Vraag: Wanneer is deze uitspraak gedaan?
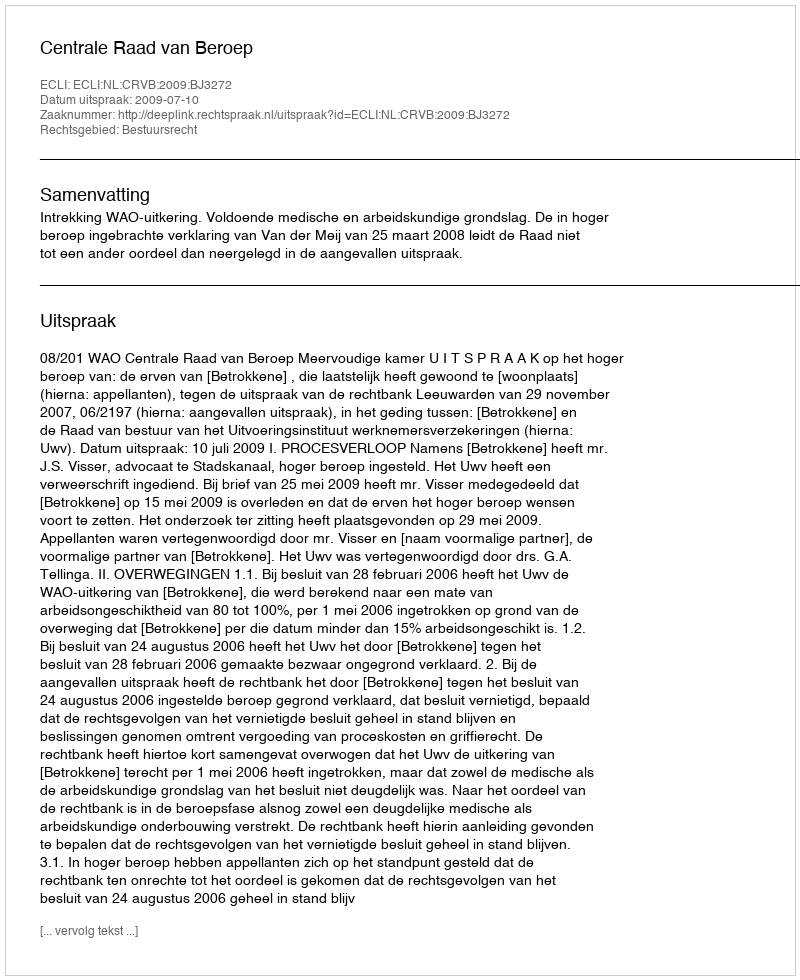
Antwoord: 2009-07-10